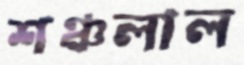
শঞ্চলাল